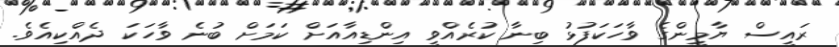
ރައީސް ޔާމީންގެ ވާހަކަފުޅު ބިނާ ކުރެއްވީ އިންޑިއާއަށް ކަމަށް ބުނެ ވާހަކަ ދެއްކިއެވެ.